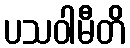
ပသဝါမီတိ